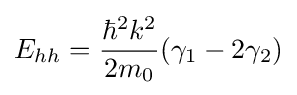
E_{hh}={{\hbar ^{2}k^{2}} \over {2m_{0}}}(\gamma _{1}-2\gamma _{2})